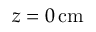
z = 0 \, \mathrm { c m }